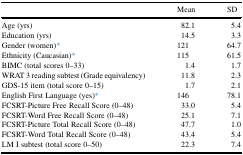
|  | Mean | SD |
 | --- | --- | --- |
 | Age (yrs) | 82.1 | 5.4 |
 | Education (yrs) | 14.5 | 3.3 |
 | Gender (women)∗ | 121 | 64.7 |
 | Ethnicity (Caucasian)∗ | 115 | 61.5 |
 | BIMC (total scores 0–33) | 1.4 | 1.7 |
 | WRAT 3 reading subtest (Grade equivalency) | 11.8 | 2.3 |
 | GDS-15 item (total score 0–15) | 1.7 | 2.1 |
 | English First Language (yes)∗ | 146 | 78.1 |
 | FCSRT-Picture Free Recall Score (0–48) | 33.0 | 5.4 |
 | FCSRT-Word Free Recall Score (0–48) | 25.1 | 7.1 |
 | FCSRT-Picture Total Recall Score (0–48) | 47.7 | 1.0 |
 | FCSRT-Word Total Recall Score (0–48) | 43.4 | 5.4 |
 | LM I subtest (total score 0–50) | 22.3 | 7.4 |